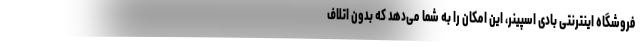
فروشگاه اینترنتی بادی اسپینر، این امکان را به شما می‌دهد که بدون اتلاف